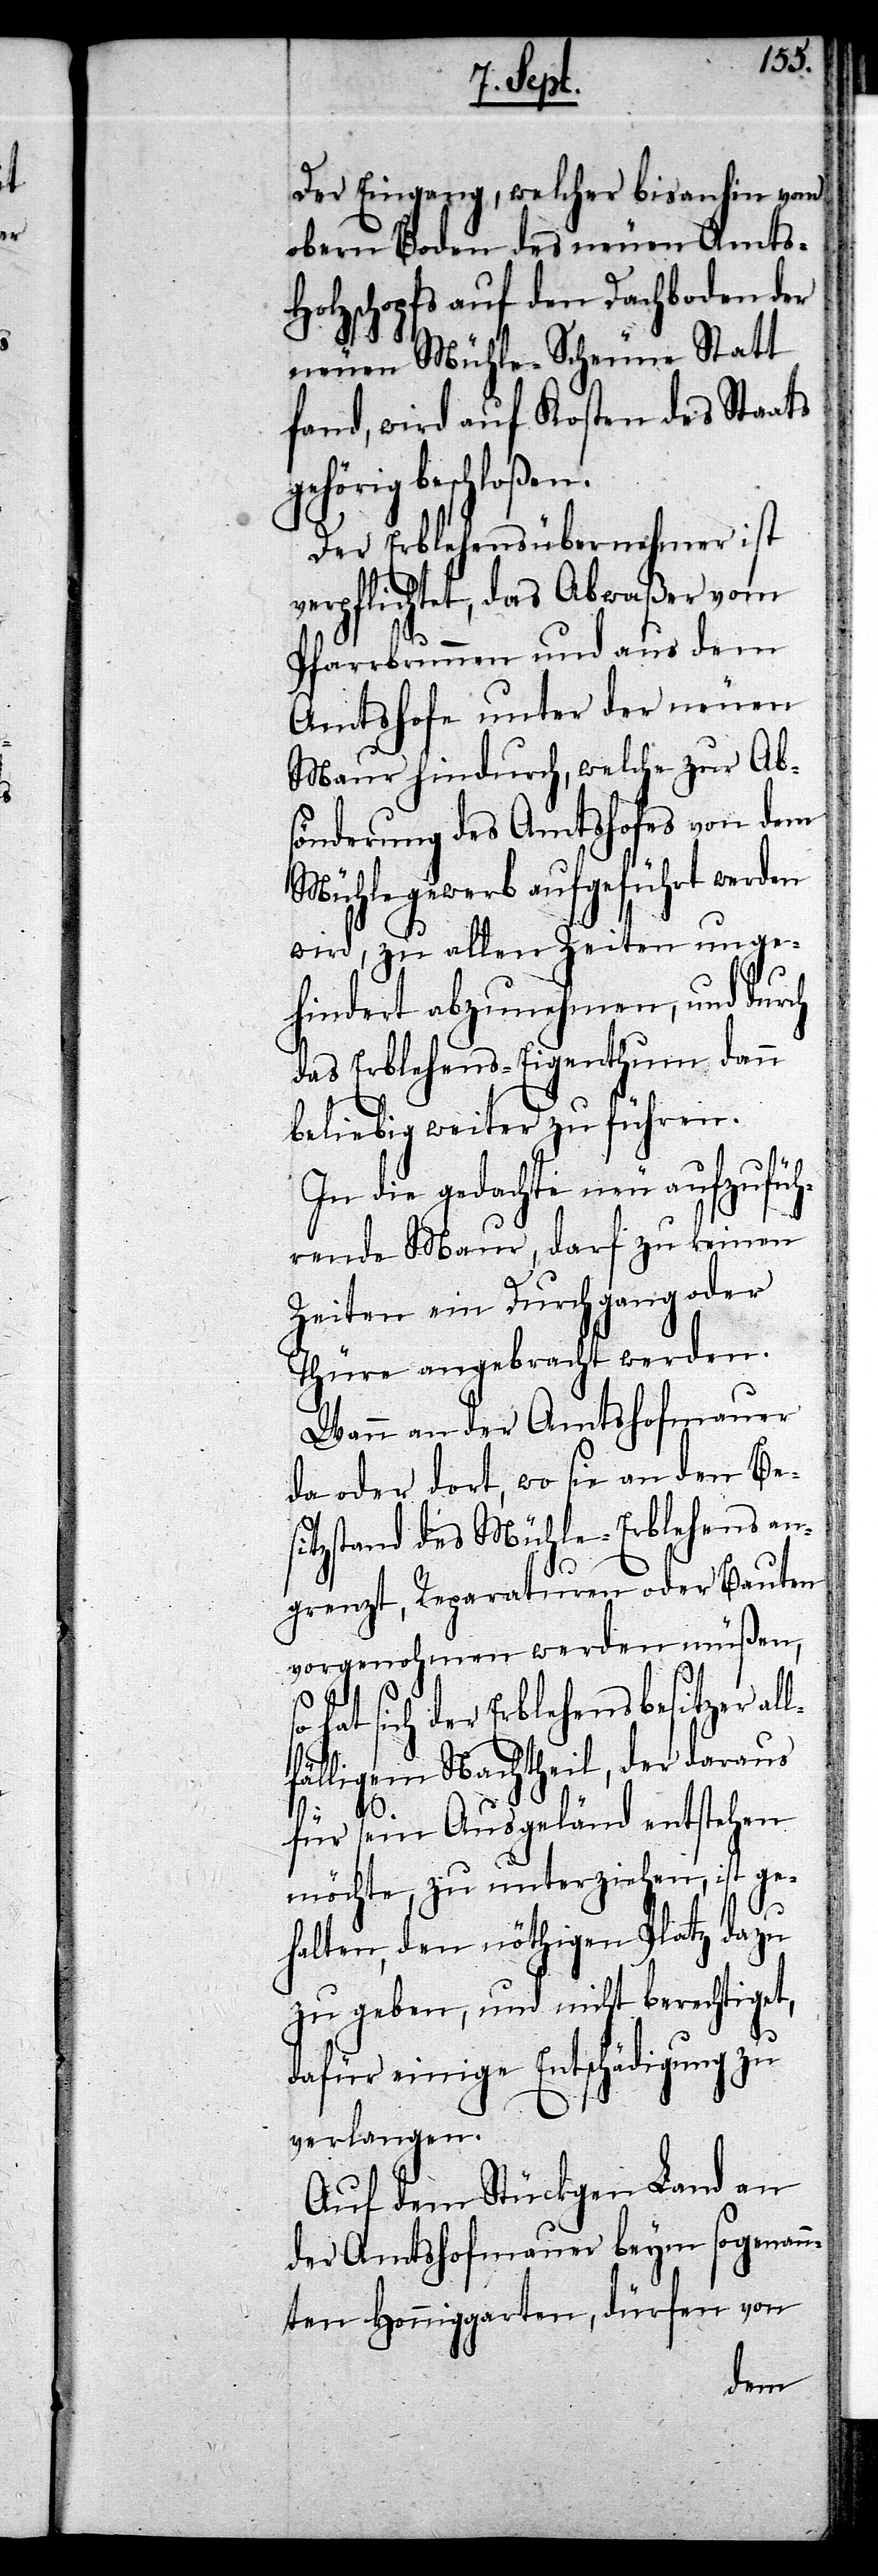
Der Eingang, welcher bis anhin vom
obern Boden des neuen Amts-H¬
olzschopfs auf den Dachboden der
neuen Mühle-Scheune Statt
fand, wird auf Kosten des Staats
gehörig beschloßen.
Der Erblehensübernehmer ist
verpflichtet, das Abwaßer vom
Pfarrbrunnen und aus dem
Amtshofe unter der neuen
Maur hindurch, welche zur Ab¬
sönderung des Amtshofes von dem
Mühlegewerb aufgeführt werden
wird, zu allen Zeiten unge¬
hindert abzunehmen, und durch
das Erblehens-Eigenthum dann
beliebig weiter zu führen.
In die gedachte neu aufzufüh¬
rende Maur, darf zu keinen
Zeiten ein Durchgang oder
Thüre angebracht werden.
Wann an der Amtshofmauer
da oder dort, wo sie an den Be¬
sitzstand des Mühle-Erblehens an¬
grenzt, Reparaturen oder Bauten
vorgenohmen werden müßen,
hat sich der Erblehensbesitzer al¬
lfälligem Nachtheil, der daraus
für sein Ausgeländ entstehen
möchte, zu unterziehen, ist ge¬
halten, den nöthigen Platz dazu
zu geben, und nicht berechtiget,
dafür einige Entschädigung zu
verlangen.
Auf dem Stückgen Land an
der Amtshofmauer beym sogenan¬
nten Honniggarten, dürfen von